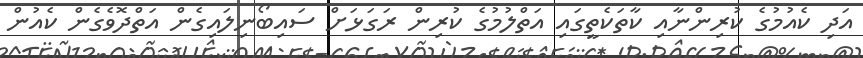
އަދި ކެއުމުގެ ކުރިންނާއި ކާތަކެތީގައި އަތްލުމުގެ ކުރިން ރަގަޅަށް ސައިބޯނިލައިގެން އަތްދޮވެގެން ކެއުން